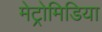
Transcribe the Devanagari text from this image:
मेट्रोमिडिया